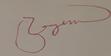
Signature authenticity: forged